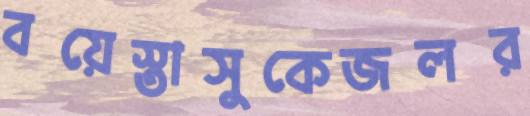
বয়েস্তাসুকেজলর